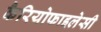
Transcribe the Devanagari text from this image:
कैरियोफाइलेसी